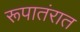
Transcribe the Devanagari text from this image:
रूपातंरात